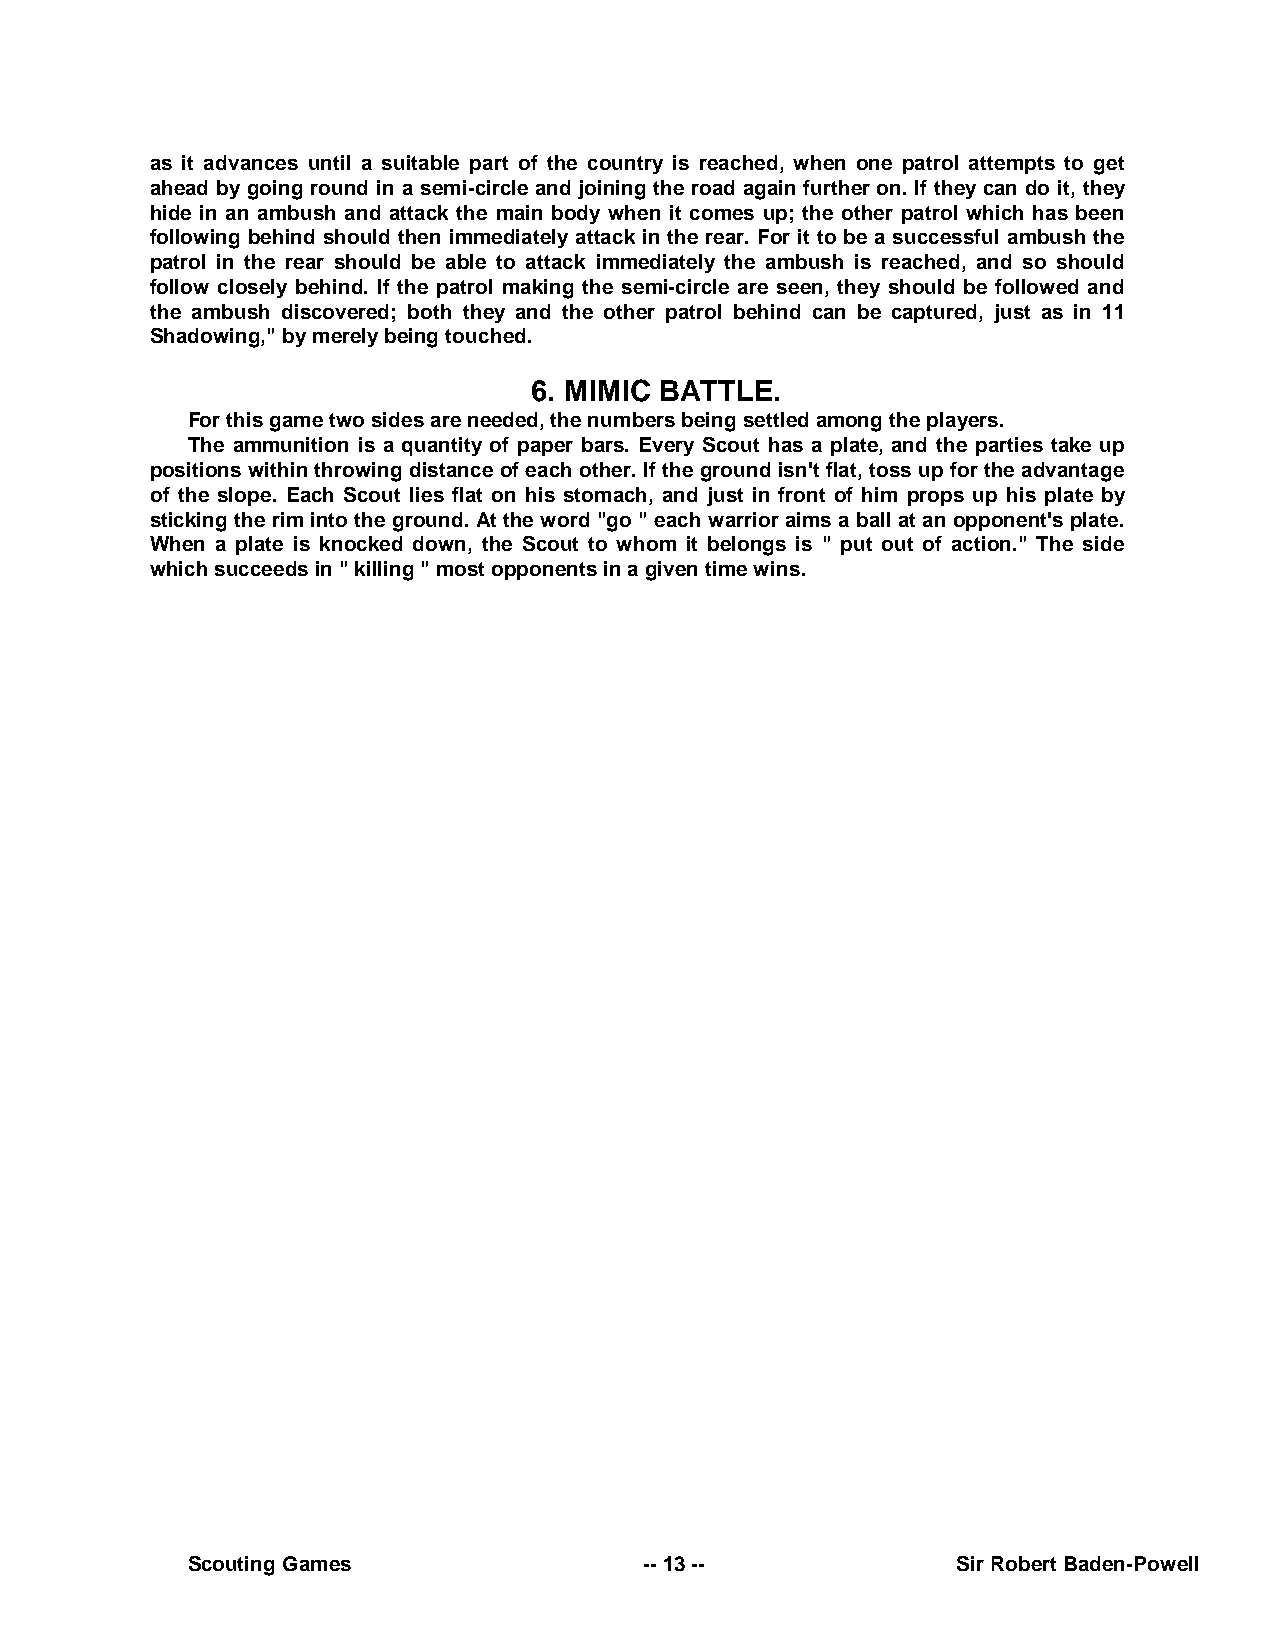
as it advances until a suitable part of the country is reached, when one patrol attempts to get
 ahead by going round in a semi-circle and joining the road again further on. If they can do it, they
 hide in an ambush and attack the main body when it comes up; the other patrol which has been
 following behind should then immediately attack in the rear. For it to be a successful ambush the
 patrol in the rear should be able to attack immediately the ambush is reached, and so should
 follow closely behind. If the patrol making the semi-circle are seen, they should be followed and
 the ambush discovered; both they and the other patrol behind can be captured, just as in 11
 Shadowing," by merely being touched.
 6. MIMIC BATTLE.
 For this game two sides are needed, the numbers being settled among the players.
 The ammunition is a quantity of paper bars. Every Scout has a plate, and the parties take up
 positions within throwing distance of each other. If the ground isn't flat, toss up for the advantage
 of the slope. Each Scout lies flat on his stomach, and just in front of him props up his plate by
 sticking the rim into the ground. At the word "go " each warrior aims a ball at an opponent's plate.
 When a plate is knocked down, the Scout to whom it belongs is " put out of action." The side
 which succeeds in " killing " most opponents in a given time wins.
 Scouting Games                 -- 13 --            Sir Robert Baden-Powell